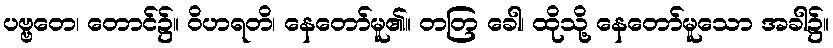
ပဗ္ဗတေ၊ တောင်၌။ ဝိဟရတိ၊ နေတော်မူ၏။ တတြ ခေါ၊ ထိုသို့ နေတော်မူသော အခါ၌။